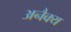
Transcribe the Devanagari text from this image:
अनैक्य